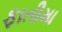
ફાતીમા